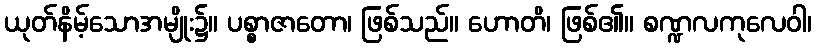
ယုတ်နိမ့်သောအမျိုး၌။ ပစ္စာဇာတော၊ ဖြစ်သည်။ ဟောတိ၊ ဖြစ်၏။ စဏ္ဍလကုလေဝါ၊